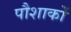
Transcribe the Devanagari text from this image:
पौशाकों